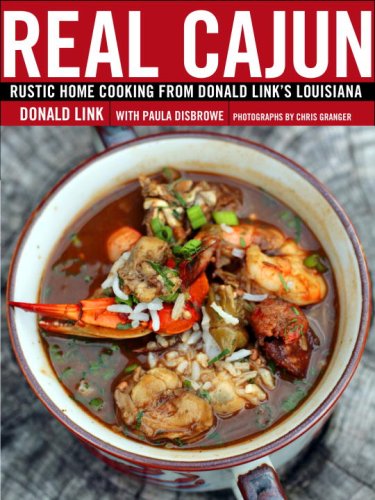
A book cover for Real Cajun: Rustic Home Cooking from Donald Link's Louisiana; Donald Link; Cookbooks, Food & Wine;